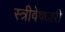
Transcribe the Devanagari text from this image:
स्त्रीवेषधारी